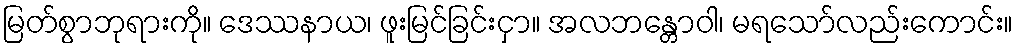
မြတ်စွာဘုရားကို။ ဒေဿနာယ၊ ဖူးမြင်ခြင်းငှာ။ အလဘန္တောဝါ၊ မရသော်လည်းကောင်း။